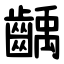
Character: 齲